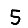
Digit: 5